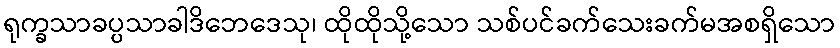
ရုက္ခသာခပ္ပသာခါဒိဘေဒေသု၊ ထိုထိုသို့သော သစ်ပင်ခက်သေးခက်မအစရှိသော